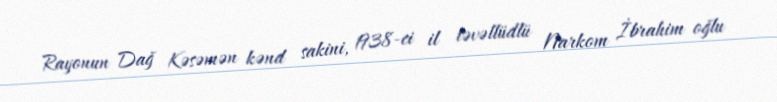
Rayonun Dağ Kəsəmən kənd sakini, 1938-ci il təvəllüdlü Narkom İbrahim oğlu